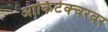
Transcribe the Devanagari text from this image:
आर्किटेक्चरवर